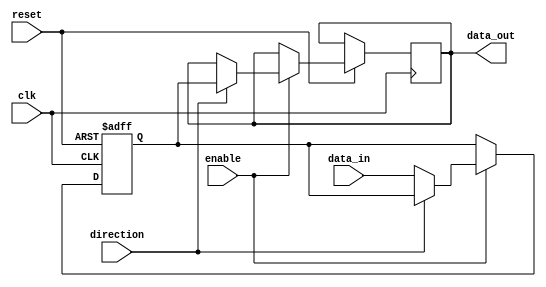
module differential_buffer (
    input wire clk,
    input wire reset,
    input wire enable,
    input wire direction,
    input wire [1:0] data_in,
    output reg [1:0] data_out
);

reg [1:0] internal_data;

always @(posedge clk or negedge reset) begin
    if (reset == 1'b0) begin
        internal_data <= 2'b00;
    end else begin
        if (enable == 1'b1) begin
            if (direction == 1'b0) begin // input mode
                internal_data <= data_in;
            end else begin // output mode
                data_out <= internal_data;
            end
        end
    end
end

endmodule